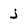
Character: j